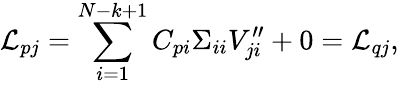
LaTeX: \mathcal{L}_{pj}=\sum_{i=1}^{N-k+1}C_{pi}\Sigma_{ii}V_{ji}^{\prime\prime}+0=\mathcal{L}_{qj},